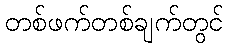
တစ်ဖက်တစ်ချက်တွင်